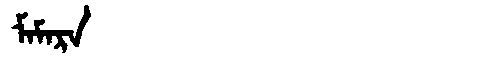
Manchu: ᠮᠠᠮᠠᡵᠠ
Romanization: MAMARA